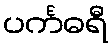
ပင်္ကဓရီ